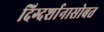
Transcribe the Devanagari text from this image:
दिग्दर्शानासोबत